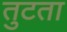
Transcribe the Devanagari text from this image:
तुटता